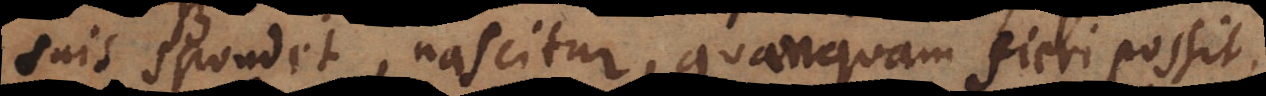
suis spondet, nascitur, quanquam fieri possit,